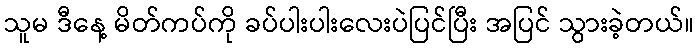
သူမ ဒီနေ့ မိတ်ကပ်ကို ခပ်ပါးပါးလေးပဲပြင်ပြီး အပြင် သွားခဲ့တယ်။